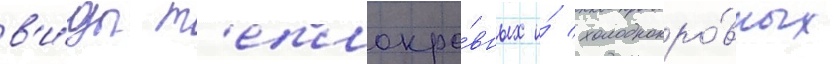
в'и́ды т'еплокро́вных и́ холоднокро́вных